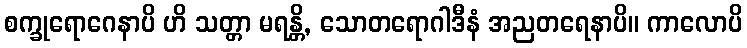
စက္ခုရောဂေနာပိ ဟိ သတ္တာ မရန္တိ, သောတရောဂါဒီနံ အညတရေနာပိ။ ကာလောပိ